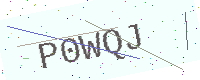
Text: P0WQJ